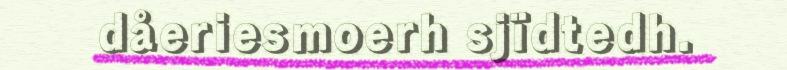
dåeriesmoerh sjïdtedh.